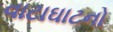
વાટાઘાટનો